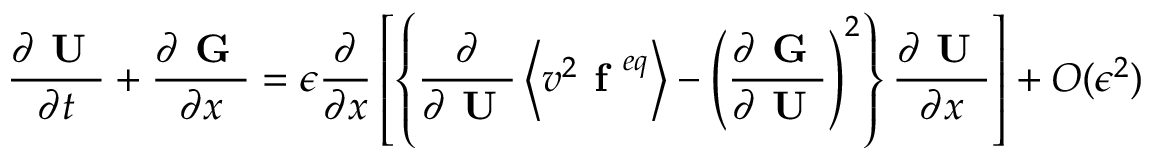
\frac { \partial \textbf { U } } { \partial t } + \frac { \partial \textbf { G } } { \partial x } = \epsilon \frac { \partial } { \partial x } \left[ \left\{ \frac { \partial } { \partial \textbf { U } } \left\langle v ^ { 2 } \textbf { f } ^ { e q } \right\rangle - \left( \frac { \partial \textbf { G } } { \partial \textbf { U } } \right) ^ { 2 } \right\} \frac { \partial \textbf { U } } { \partial x } \right] + O ( \epsilon ^ { 2 } )